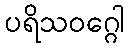
ပရိသဝဂ္ဂေါ